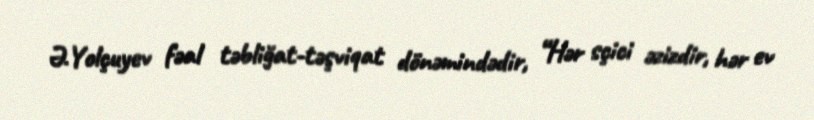
Ə.Yolçuyev fəal təbliğat-təşviqat dönəmindədir, “Hər sçici əzizdir, hər ev